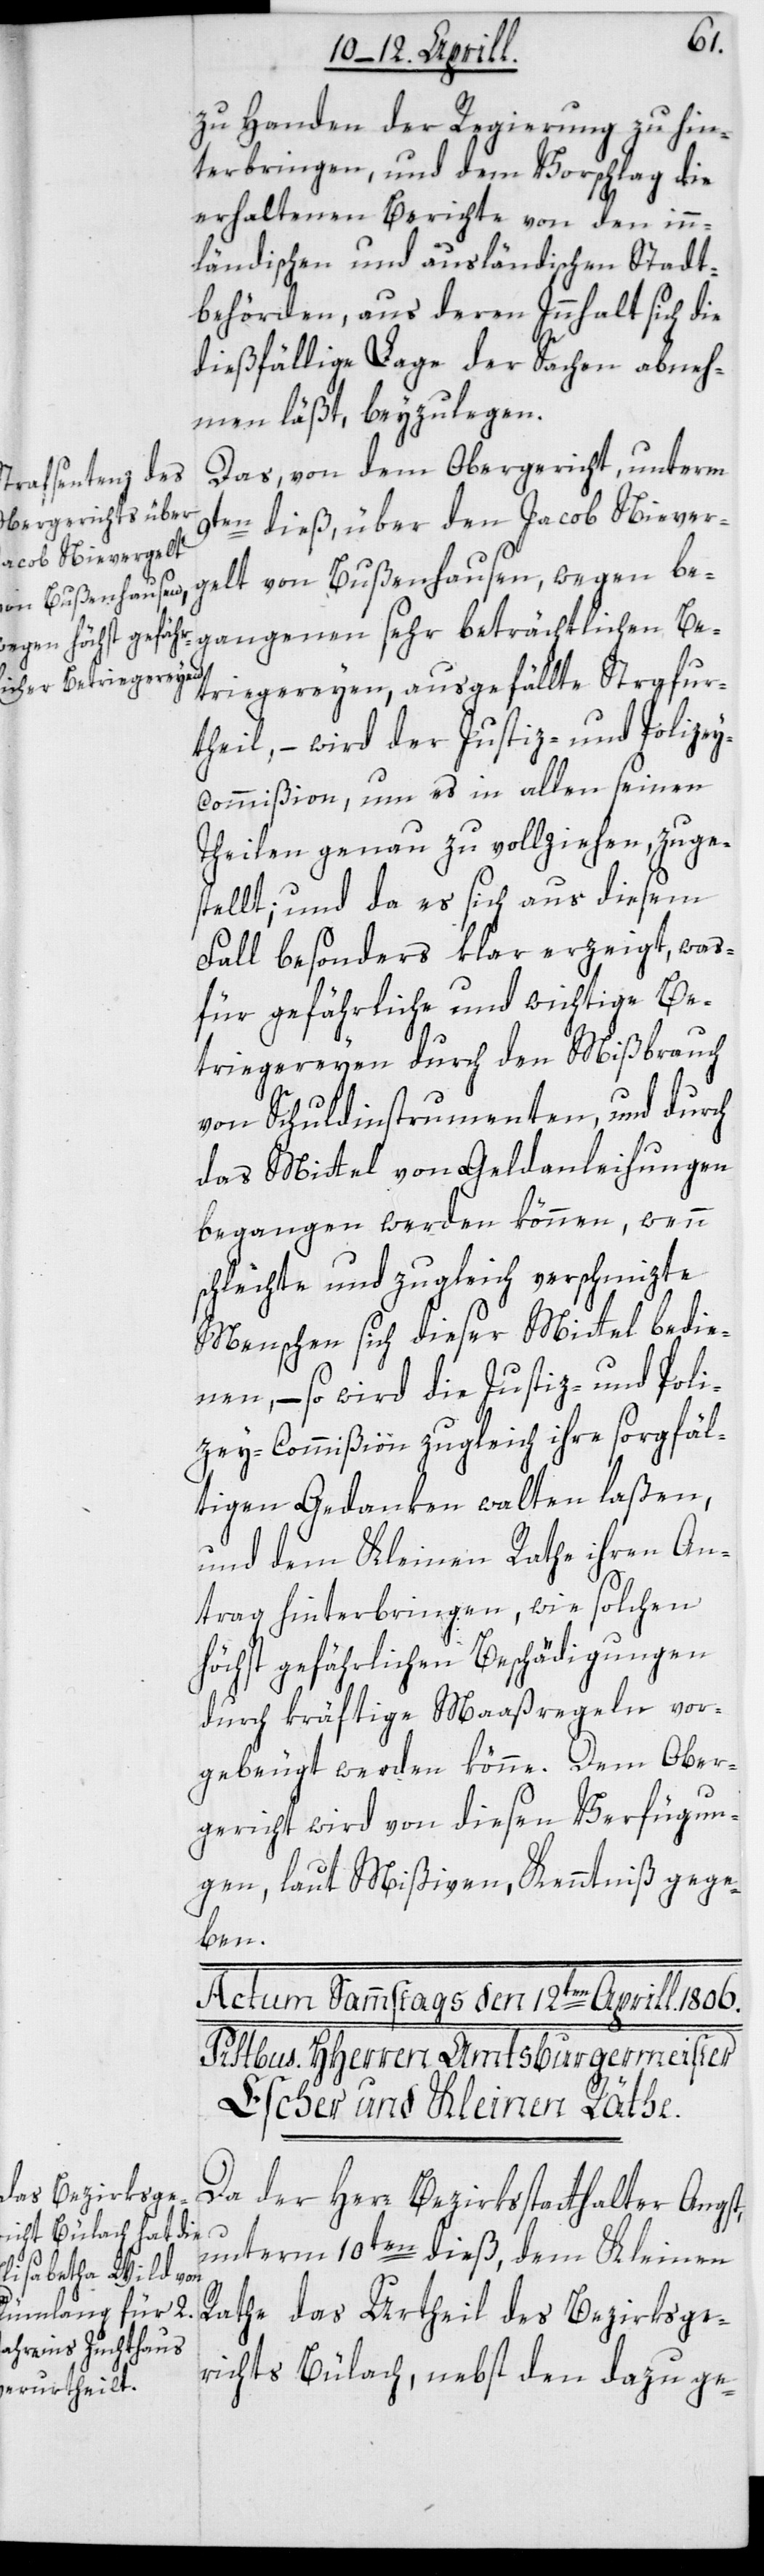
zu Handen der Regierung zu hin¬
terbringen, und den Vorschlag die
erhaltenen Berichte von den inn¬
ländischen und ausländischen Stadt¬
behörden, aus deren Innhalt sich die
dießfällige Lage der Sachen abneh¬
men läßt, beyzulegen.
Das von dem Obergericht unterm
9ten dieß, über den Jacob Niever¬
gelt von Bußenhausen, wegen be¬
gangenen sehr beträchtlichen Be¬
triegereyen, ausgefällte Strafur¬
theil, – wird der Justiz- und Polize¬
y-Commißion, um es in allen seinen
Theilen genau zu vollziehen, zuge¬
stellt; und da es sich aus diesem
Fall besonders klar erzeigt, was¬
für gefährliche und wichtige Be¬
triegereyen durch den Mißbrauch
von Schuldinstrumenten, und durch
das Mittel von Geldanleihungen
begangen werden können, wenn
schlechte und zugleich verschmizte
Menschen sich dieser Mittel bedie¬
nen, – so wird die Justiz- und Poli¬
zey-Commißion zugleich ihre sorgfäl¬
tigen Gedanken walten laßen,
und dem Kleinen Rathe ihren An¬
trag hinterbringen, wie solchen
höchst gefährlichen Beschädigungen
durch kräftige Maaßregeln vor¬
gebeugt werden könne. Dem Ober¬
gericht wird von diesen Verfügun¬
gen, laut Mißiven, Kenntniß gege¬
ben.
Da der Herr Bezirksstatthalter Angst,
unterm 10ten dieß, dem Kleinen
Rathe das Urtheil des Bezirksge¬
richts Bülach, nebst den dazu ge-